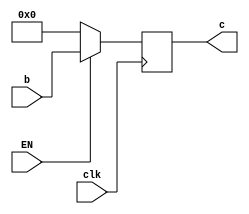
`timescale 1ns / 1ps
//////////////////////////////////////////////////////////////////////////////////
// Company: 
// Engineer: 
// 
// Design Name: 
// Module Name: ID_EXreg
// Project Name: 
// Target Devices: 
// Tool Versions: 
// Description: 
// 
// Dependencies: 
// 
// Revision:
// Revision 0.01 - File Created
// Additional Comments:
// 
//////////////////////////////////////////////////////////////////////////////////


module IF_ID(clk, b, c, EN);
parameter N=63;
input clk, EN;
input [N:0] b;
output reg [N:0] c;

always @ (posedge clk)
    if (EN==1'b1) c<=b;
    else c<=64'b0;
endmodule